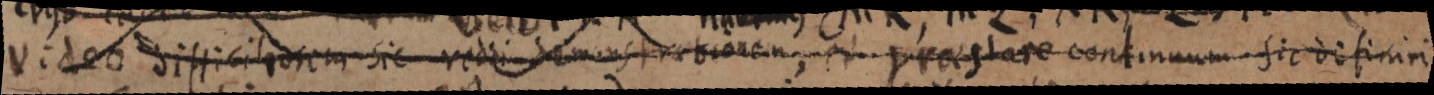
Video difficiliorem sic reddi demonstrationem praestare continuum sic definiri